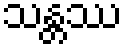
သန္တဿ